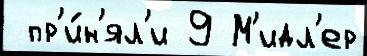
 пр'и́н'ял'и 9 М'идл'ер